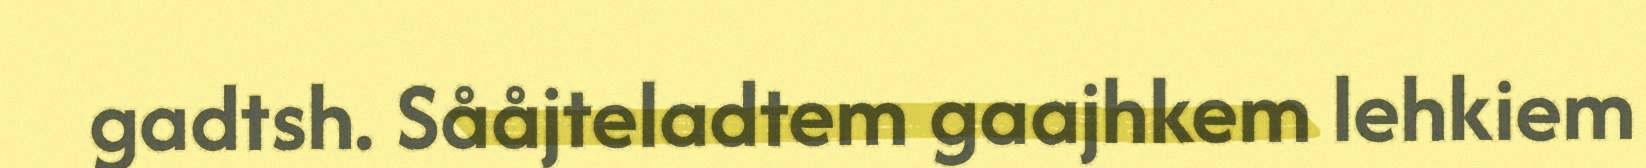
gadtsh. Sååjteladtem gaajhkem lehkiem